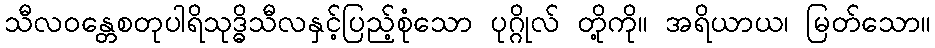
သီလဝန္တေစတုပါရိသုဒ္ဓိသီလနှင့်ပြည့်စုံသော ပုဂ္ဂိုလ် တို့ကို။ အရိယာယ၊ မြတ်သော။